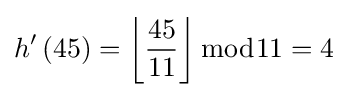
h'\left(45\right)=\left\lfloor {\frac {45}{11}}\right\rfloor {\bmod {1}}1=4